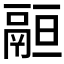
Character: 𩰵